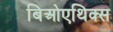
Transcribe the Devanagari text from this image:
बिओएथिक्स